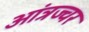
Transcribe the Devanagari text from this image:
आंत्रज्वर